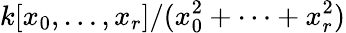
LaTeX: k[x_{0},\dots,x_{r}]/(x_{0}^{2}+\dots+x_{r}^{2})